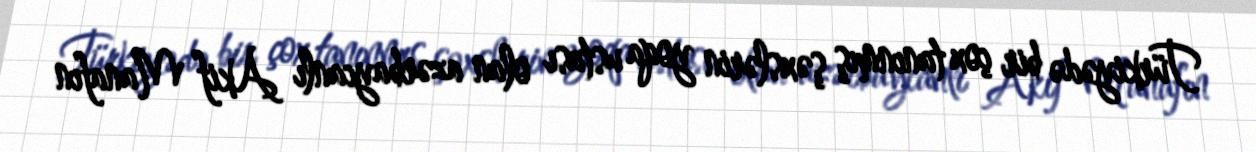
Türkiyədə bir çox tanınmış şəxslərin yoqa ustası olan azərbaycanlı Akif Manafın